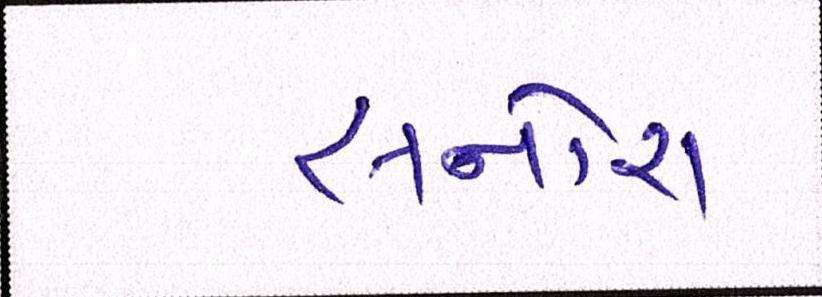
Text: સનોરા